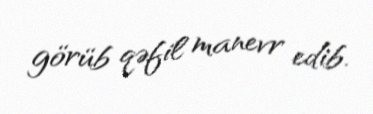
görüb qəfil manevr edib.